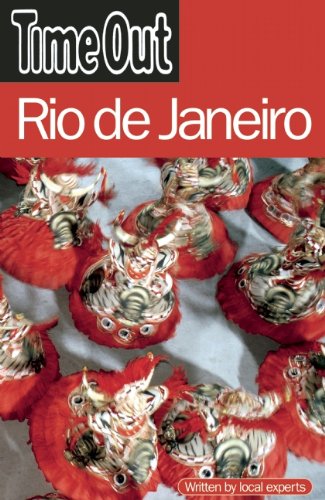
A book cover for Time Out Rio de Janeiro (Time Out Guides); Editors of Time Out; Travel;